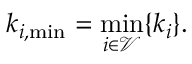
k _ { i , \operatorname* { m i n } } = \operatorname* { m i n } _ { i \in \mathscr { V } } \{ k _ { i } \} .